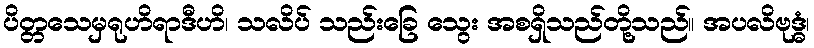
ပိတ္တသေမှရုဟိရာဒီဟိ၊ သလိပ် သည်းခြေ သွေး အစရှိသည်တို့သည်။ အပလိဗုဒ္ဓံ၊